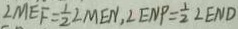
\angle M E F = \frac { 1 } { 2 } \angle M E N , \angle E N P = \frac { 1 } { 2 } \angle E N D